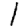
Digit: 1